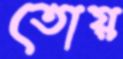
তোয়